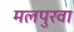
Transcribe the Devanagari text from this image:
मलपुरवा